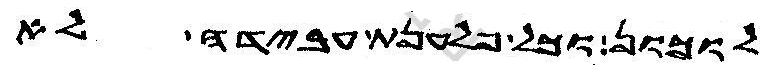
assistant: לוכון כל פלענת עבידה לא